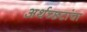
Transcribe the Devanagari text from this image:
अर्थच्‍छटांचा